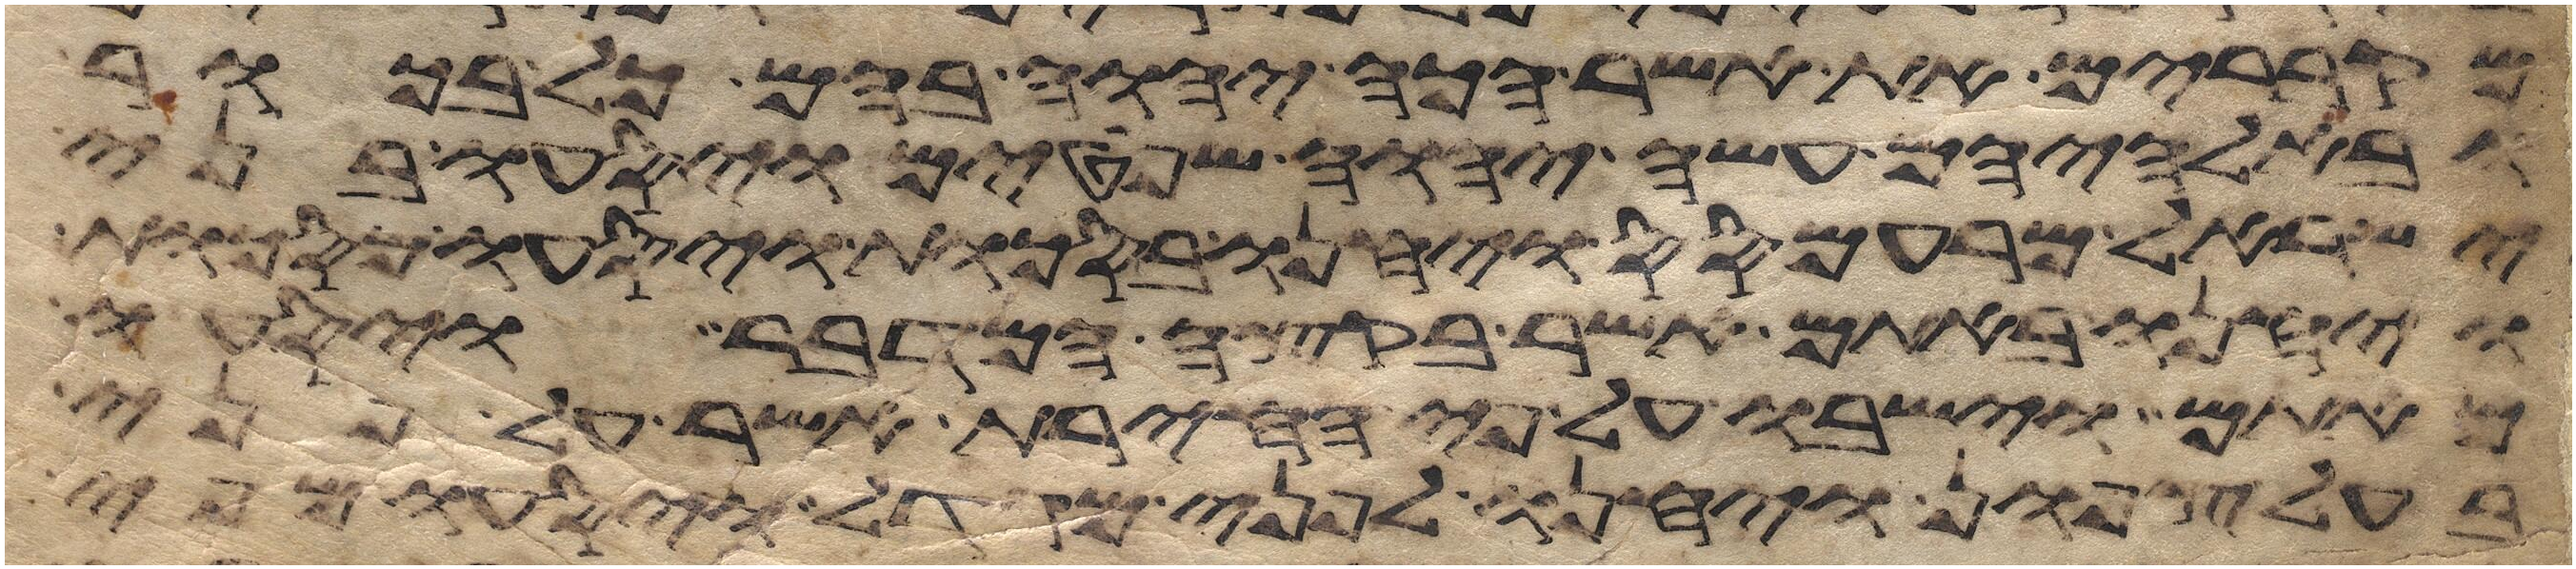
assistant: מקברים את אשר הכה יהוה בהם כל בכור
ובאלהיהם עשה יהוה שפטים ויסעו בני
ישראל מרעמסס ויחנו בסכות ויסעו מסכות
ויחנו באתם אשר בקצה המדבר ויסעו
מאתם וישבו על פי החירת אשר לפני
בעל צפון ויחנו לפני מגדול ויסעו מפי